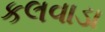
કલવાડા